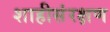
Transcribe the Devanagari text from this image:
शाहीसंरक्षण